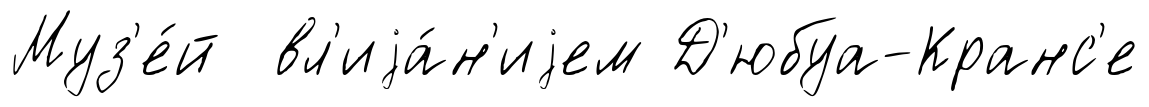
Муз'е́й вл'иjа́н'иjем Д'юбуа-Кранс'е